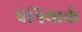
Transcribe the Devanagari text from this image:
पेत्रियार्क